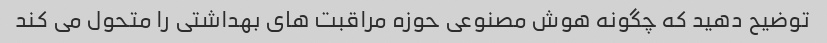
توضیح دهید که چگونه هوش مصنوعی حوزه مراقبت های بهداشتی را متحول می کند